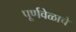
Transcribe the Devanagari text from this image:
पूर्णवेळाचे